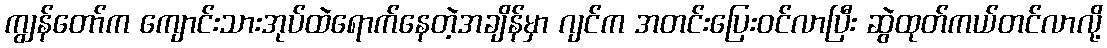
ကျွန်တော်က ကျောင်းသားအုပ်ထဲရောက်နေတဲ့အချိန်မှာ ဂျင်က အတင်းပြေးဝင်လာပြီး ဆွဲထုတ်ကယ်တင်လာလို့